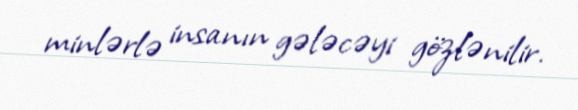
minlərlə insanın gələcəyi gözlənilir.